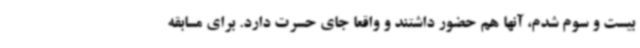
بیست و سوم شدم، آنها هم حضور داشتند و واقعا جای حسرت دارد. برای مسابقه